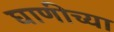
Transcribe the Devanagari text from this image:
घाणीच्या